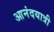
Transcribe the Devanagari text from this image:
आनंदयात्री